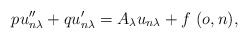
\begin{align*}pu_{n\lambda}^{\prime \prime} + qu_{n\lambda}^{\prime} =A_{\lambda}u_{n\lambda} + f \ (o,n),\end{align*}